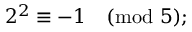
2 ^ { 2 } \equiv - 1 { \pmod { 5 } } ;